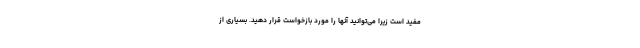
مفید است زیرا می‌توانید آنها را مورد بازخواست قرار دهید. بسیاری از